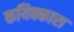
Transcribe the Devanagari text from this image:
कयिक्कारा